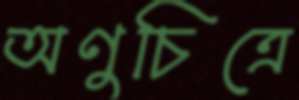
অণুচিত্রে